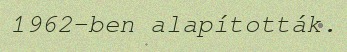
1962-ben alapították.